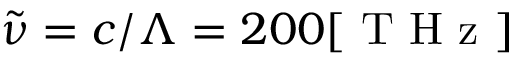
\tilde { \nu } = c / \Lambda = 2 0 0 [ \mathrm { ~ T ~ H ~ z ~ } ]